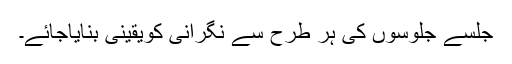
جلسے جلوسوں کی ہر طرح سے نگرانی کویقینی بنایاجائے۔